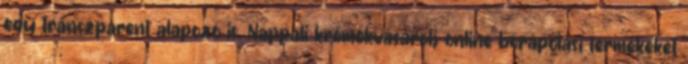
egy transzparent alapozó is. Nappali krémekvásárolj online bőrápolási termékeket